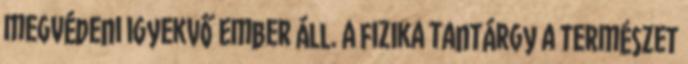
megvédeni igyekvő ember áll. A fizika tantárgy a természet